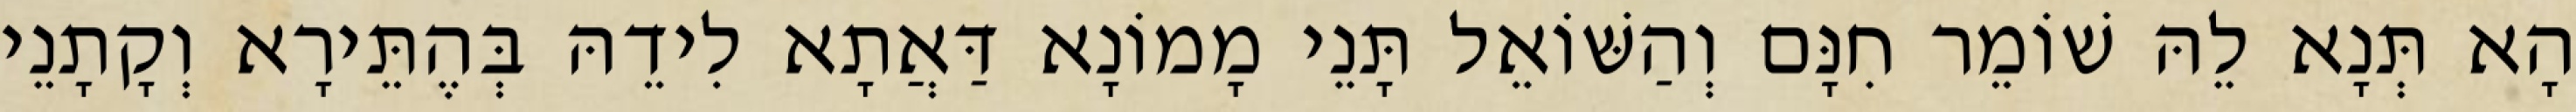
הָא תְּנָא לֵהּ שׁוֹמֵר חִנָּם וְהַשּׁוֹאֵל תָּנֵי מָמוֹנָא דַּאֲתָא לִידֵהּ בְּהֶתֵּירָא וְקָתָנֵי